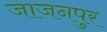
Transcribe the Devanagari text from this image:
जाजनपुर